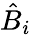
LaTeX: {\hat{B}}_{i}